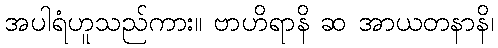
အပါရံဟူသည်ကား။ ဗာဟိရာနိ ဆ အာယတနာနိ၊